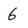
Character: 6